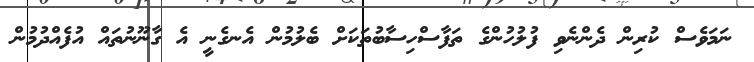
ނަމަވެސް ކުރިން ދެންނެވި ފުލުހުންގެ ތަފާސްހިސާބުތަކަށް ބެލުމުން އެނގެނީ އެ ގާނޫނުތައް އުފެއްދުމުން